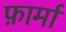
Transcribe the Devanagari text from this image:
फ़ार्मा